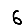
Digit: 6